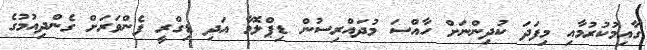
ގާއިމުކުރުމާއި މިފަދަ ކުދިންނަށް ހާއްސަ މުދައްރިސުން ޑިޕްލޮމާ އަދި ޑިގްރީ ފެންވަރަށް ގެންދިއުމުގެ